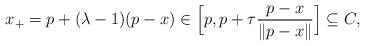
LaTeX: \begin{align*}x_+ =p +(\lambda -1)(p -x) \in \Big[p, p +\tau\frac{p -x}{\|p -x\|}\Big] \subseteq C,\end{align*}